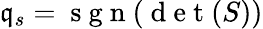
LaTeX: \mathfrak{q}_{s}=\mathrm{{~s~g~n~}}(\mathrm{{~d~e~t~}}(S))